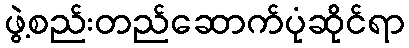
ဖွဲ့စည်းတည်ဆောက်ပုံဆိုင်ရာ